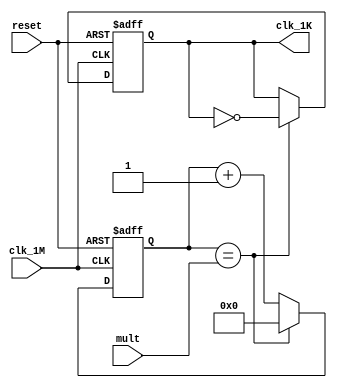
`timescale 1ns / 1ps

module Fdiv(input reset,input[31:0] mult,input clk_1M,output reg clk_1K);
    reg [31:0]counter;
    initial begin counter = 32'd0;end
    initial begin clk_1K = 0;end
    always @(posedge clk_1M or negedge reset) begin
        if(!reset)begin
                counter <= 32'd0;
                clk_1K <= 1'b0;
            end
        else if(counter == mult) begin
                clk_1K <= ~clk_1K;
                counter <= 32'd0;
            end
        else begin
            counter <= counter + 1'b1;
        end
    end
endmodule